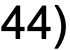
44)